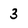
Character: 3